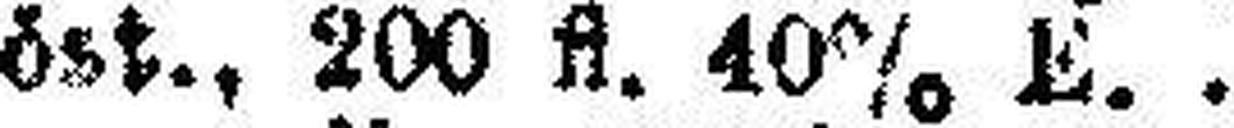
„ öst., 200 fl. 40% E.